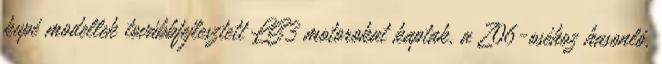
kupé modellek továbbfejlesztett LS3 motorokat kaptak, a Z06-oséhoz hasonló,